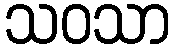
သဝသာ